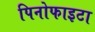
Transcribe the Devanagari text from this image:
पिनोफाइटा